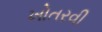
ખોતરવી